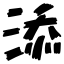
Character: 添